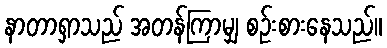
နာတာရှာသည် အတန်ကြာမျှ စဉ်းစားနေသည်။